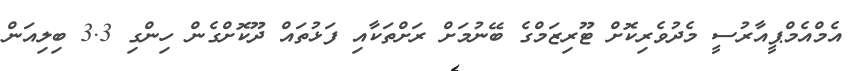
އެމްއެމްޕީއާރުސީ މެދުވެރިކޮށް ޓޫރިޒަމްގެ ބޭނުމަށް ރަށްތަކާއި ފަޅުތައް ދޫކޮށްގެން ހިންގި 3.3 ބިލިއަން